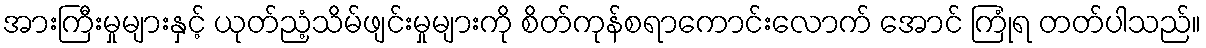
အားကြီးမှုများနှင့် ယုတ်ညံ့သိမ်ဖျင်းမှုများကို စိတ်ကုန်စရာကောင်းလောက် အောင် ကြုံရ တတ်ပါသည်။